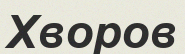
Хворов